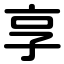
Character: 享